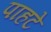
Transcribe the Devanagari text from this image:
पाहटे